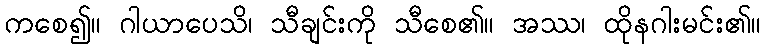
ကစေ၍။ ဂါယာပေသိ၊ သီချင်းကို သီစေ၏။ အဿ၊ ထိုနဂါးမင်း၏။